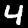
Label: 4